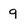
Character: 9